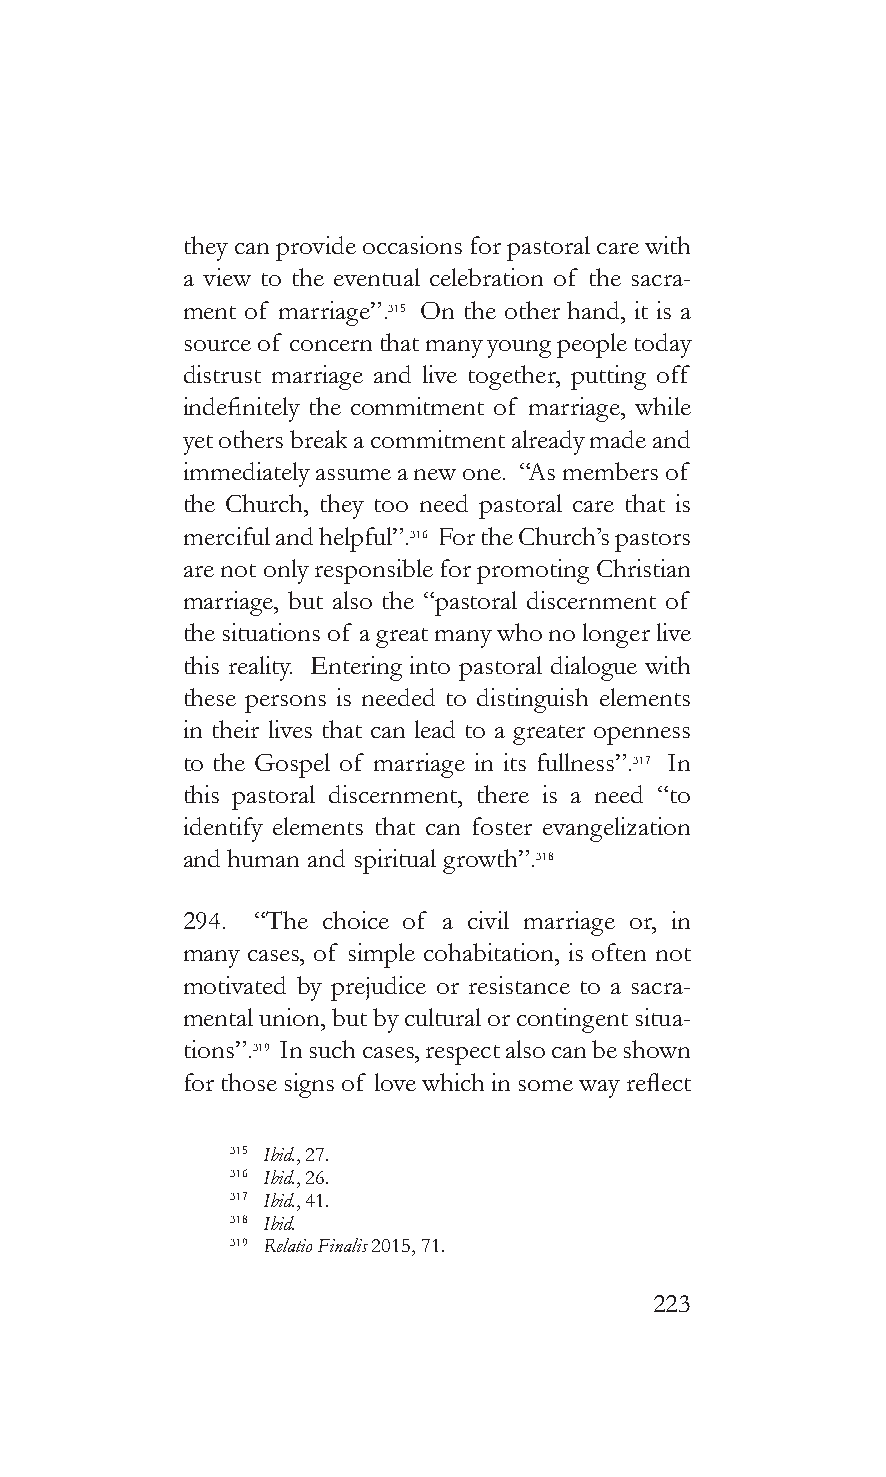
they can provide occasions for pastoral care with
 a view to the eventual celebration of the sacra-
 ment of marriage”.315 On the other hand, it is a
 source of concern that many young people today
 distrust marriage and live together, putting off
 indefinitely the commitment of marriage, while
 yet others break a commitment already made and
 immediately assume a new one. “As members of
 the Church, they too need pastoral care that is
 merciful and helpful”.316 For the Church’s pastors
 are not only responsible for promoting Christian
 marriage, but also the “pastoral discernment of
 the situations of a great many who no longer live
 this reality. Entering into pastoral dialogue with
 these persons is needed to distinguish elements
 in their lives that can lead to a greater openness
 to the Gospel of marriage in its fullness”.317 In
 this pastoral discernment, there is a need “to
 identify elements that can foster evangelization
 and human and spiritual growth”.318
 294. “The choice of a civil marriage or, in
 many cases, of simple cohabitation, is often not
 motivated by prejudice or resistance to a sacra-
 mental union, but by cultural or contingent situa-
 tions”.319 In such cases, respect also can be shown
 for those signs of love which in some way reflect
 315 Ibid., 27.
 316 Ibid., 26.
 317 Ibid., 41.
 318 Ibid.
 319 Relatio Finalis 2015, 71.
 223